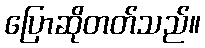
ပြောဆိုတတ်သည်။